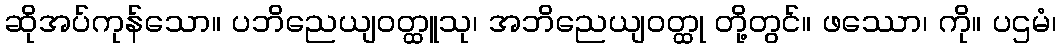
ဆိုအပ်ကုန်သော။ ပဘိညေယျဝတ္ထူသု၊ အဘိညေယျဝတ္ထု တို့တွင်။ ဖဿော၊ ကို။ ပဌမံ၊